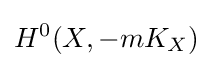
H^{0}(X,-mK_{X})